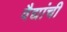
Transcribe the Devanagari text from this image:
वैद्यांची